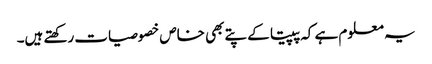
یہ معلوم ہے کہ پپیتا کے پتے بھی خاص خصوصیات رکھتے ہیں۔